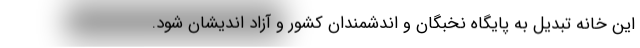
این خانه تبدیل به پایگاه نخبگان و اندشمندان کشور و آزاد اندیشان شود.